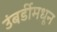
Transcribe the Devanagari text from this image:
उंबर्डीमधून